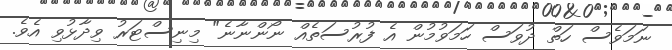
ނަމަވެސް ހަތް ދުވަސް ހަމަވުމުން އެ ފުރުސަތެއް ނޯންނާނެ" މިނިސްޓަރު ވިދާޅުވި އެވެ.